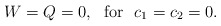
\begin{align*}W=Q=0,\ \ \mathrm{for}\ \ c_{1}=c_{2}=0. \end{align*}